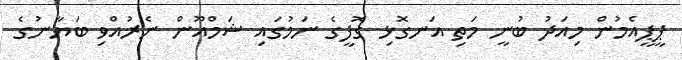
ޕީޕީއެމުން މިއަދު ބުނީ މަތި އަނގޮޅި ގޮފީގެ ނަމުގައި ޝަމްއޫން ނެރުއްވި ބަޔާނުގެ